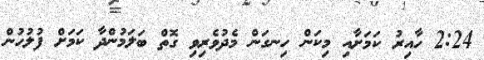
2:24 ހާއިރު ކަމަށާއި މިކަން ހިނގަން މެދުވެރިވި ގޮތް ބަލަމުންދާ ކަމަށް ފުލުހުން